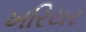
ખરિયર